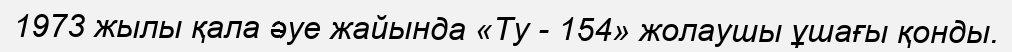
1973 жылы қала әуе жайында «Ту - 154» жолаушы ұшағы қонды.